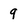
Character: 9